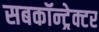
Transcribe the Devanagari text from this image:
सबकॉन्ट्रेक्टर